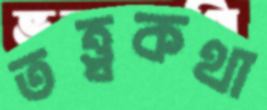
তত্ত্বকথা